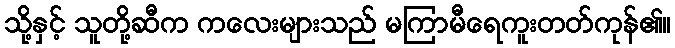
သို့နှင့် သူတို့ဆီက ကလေးများသည် မကြာမီရေကူးတတ်ကုန်၏။